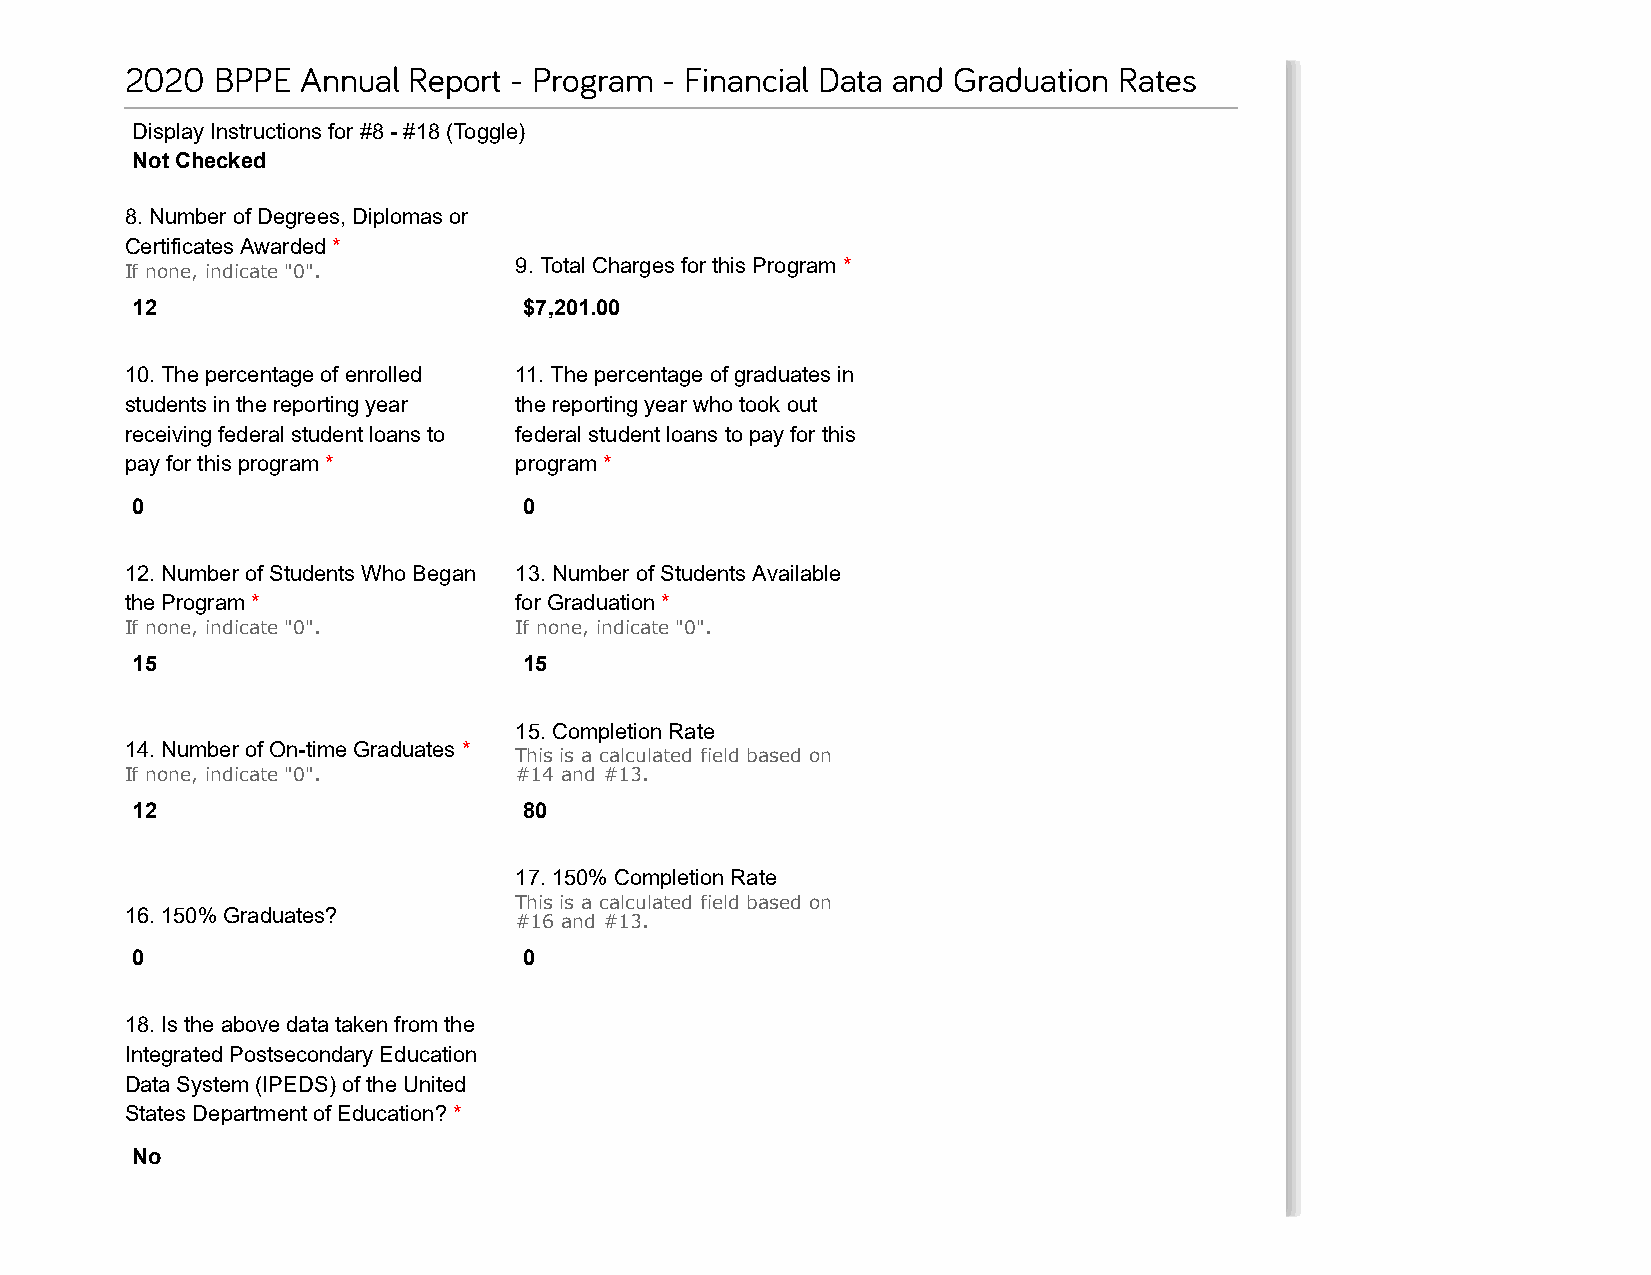
2020  BPPE  Annual Report - Program - Financial Data and Graduation Rates
 Display Instructions for #8 - #18 (Toggle)
 Not Checked
 8. Number of Degrees, Diplomas or
 Certificates Awarded *
 9. Total Charges for this Program *
 If none, indicate "0".
 12                        $7,201.00
 10. The percentage of enrolled 11. The percentage of graduates in
 students in the reporting year the reporting year who took out
 receiving federal student loans to federal student loans to pay for this
 pay for this program *    program *
 0                         0
 12. Number of Students Who Began 13. Number of Students Available
 the Program *             for Graduation *
 If none, indicate "0".    If none, indicate "0".
 15                        15
 15. Completion Rate
 14. Number of On-time Graduates *
 This is a calculated field based on
 If none, indicate "0".    #14 and #13.
 12                        80
 17. 150% Completion Rate
 This is a calculated field based on
 16. 150% Graduates?
 #16 and #13.
 0                         0
 18. Is the above data taken from the
 Integrated Postsecondary Education
 Data System (IPEDS) of the United
 States Department of Education? *
 No